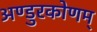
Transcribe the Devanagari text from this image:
अण्डुरकोणम्